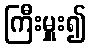
ကြီးမှူး၍